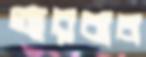
আরবাব